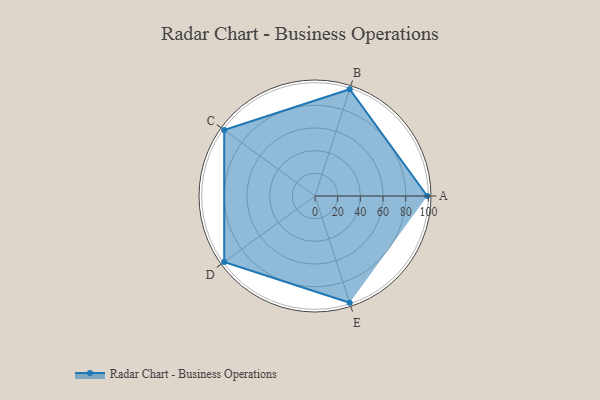
{"axis": {"x": "Skill", "y": "Score"}, "legend": ["Profile"], "data": [{"x": "A", "y": 99, "type": "Profile"}, {"x": "B", "y": 99, "type": "Profile"}, {"x": "C", "y": 99, "type": "Profile"}, {"x": "D", "y": 99, "type": "Profile"}, {"x": "E", "y": 99, "type": "Profile"}]}